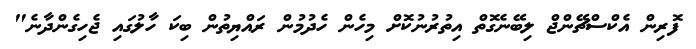
ފޮރިން އެކްސްޗޭންޖް ލިބޭނެގޮތް އިތުރުނުކޮށް މިހެން ހެދުމުން ރައްޔިތުން ބިކަ ހާލުގައި ޖެހިގެންދާނެ"